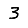
Digit: 3